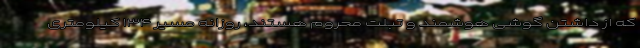
که از داشتن گوشی هوشمند و تبلت محروم هستند، روزانه مسیر ۱۳۴ کیلومتری